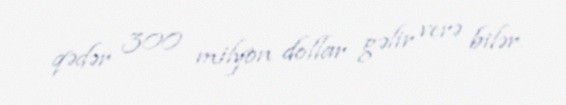
qədər 300 milyon dollar gəlir verə bilər.